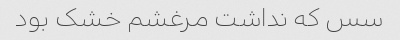
سس که نداشت مرغشم خشک بود